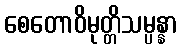
စေတောဝိမုတ္တိသမ္ပန္နာ